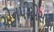
એનપીએસના